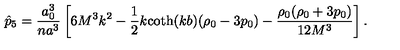
\hat { p } _ { 5 } = \frac { a _ { 0 } ^ { 3 } } { n a ^ { 3 } } \left[ 6 M ^ { 3 } k ^ { 2 } - \frac 1 2 k \mathrm { c o t h } ( k b ) ( \rho _ { 0 } - 3 p _ { 0 } ) - \frac { \rho _ { 0 } ( \rho _ { 0 } + 3 p _ { 0 } ) } { 1 2 M ^ { 3 } } \right] .